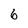
Character: 6